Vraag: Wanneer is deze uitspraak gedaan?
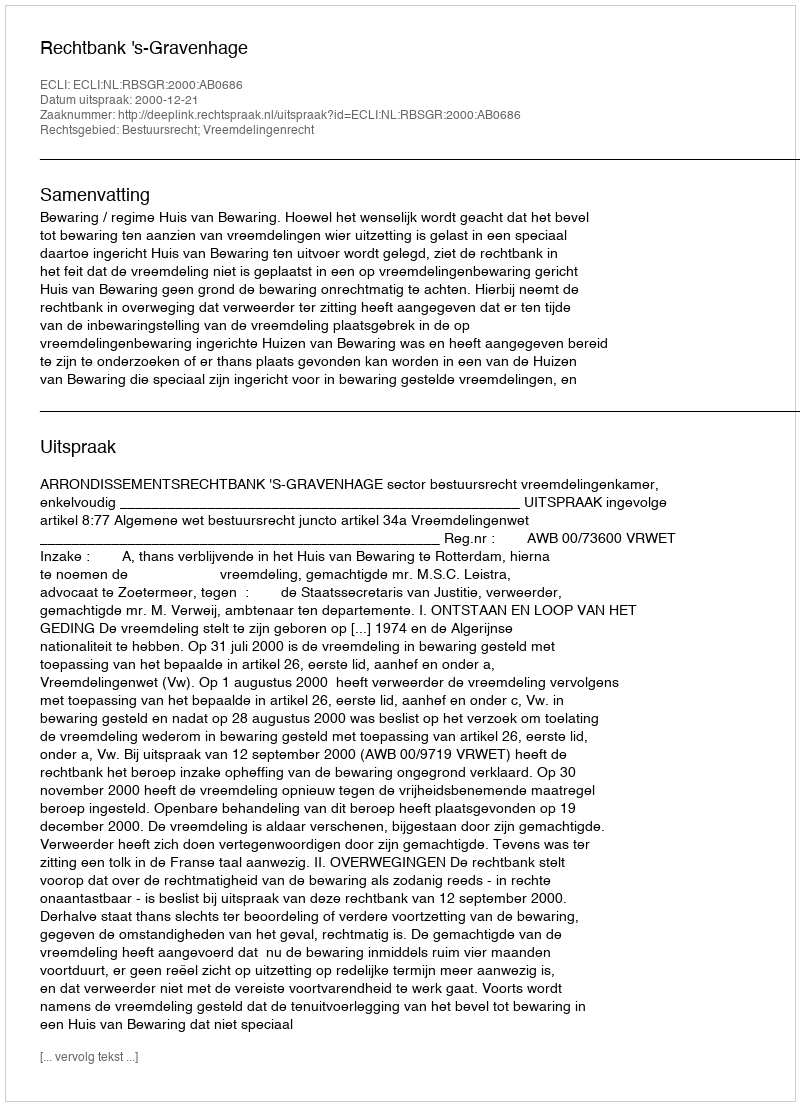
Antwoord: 2000-12-21